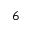
^ 6